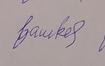
Signature authenticity: forged